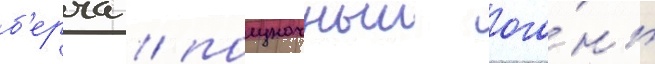
б'ерча / полуночныи ого́нь